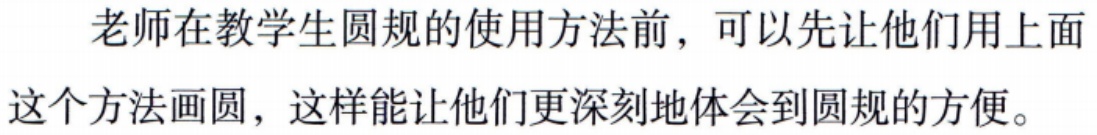
老师在教学生圆规的使用方法前，可以先让他们用上面

这个方法画圆，这样能让他们更深刻地体会到圆规的方便。